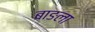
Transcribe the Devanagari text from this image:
बाङला